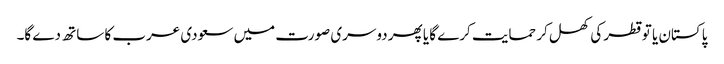
پاکستان یا تو قطر کی کھل کر حمایت کرے گا یا پھر دوسری صورت میں سعودی عرب کا ساتھ دے گا۔